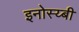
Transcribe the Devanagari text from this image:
इनोस्य्बी